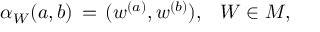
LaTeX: \alpha _ { W } ( a , b ) \, = \, ( w ^ { ( a ) } , w ^ { ( b ) } ) , \; \, \, \, W \in { \cal M } ,